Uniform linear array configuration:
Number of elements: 64
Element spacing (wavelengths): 0.25
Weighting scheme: binomial
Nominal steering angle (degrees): -45
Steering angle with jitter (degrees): -44.388
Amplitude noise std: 0.05
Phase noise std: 0.05

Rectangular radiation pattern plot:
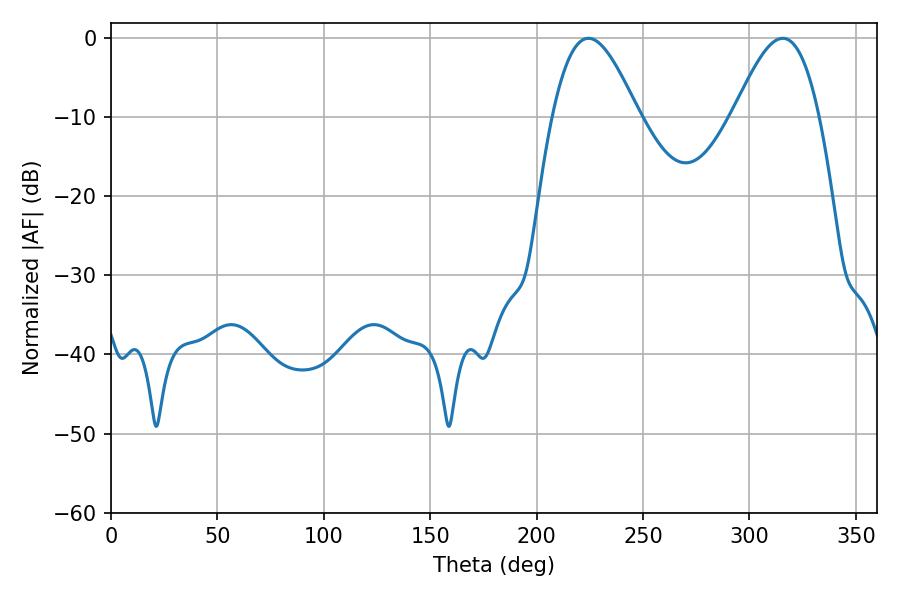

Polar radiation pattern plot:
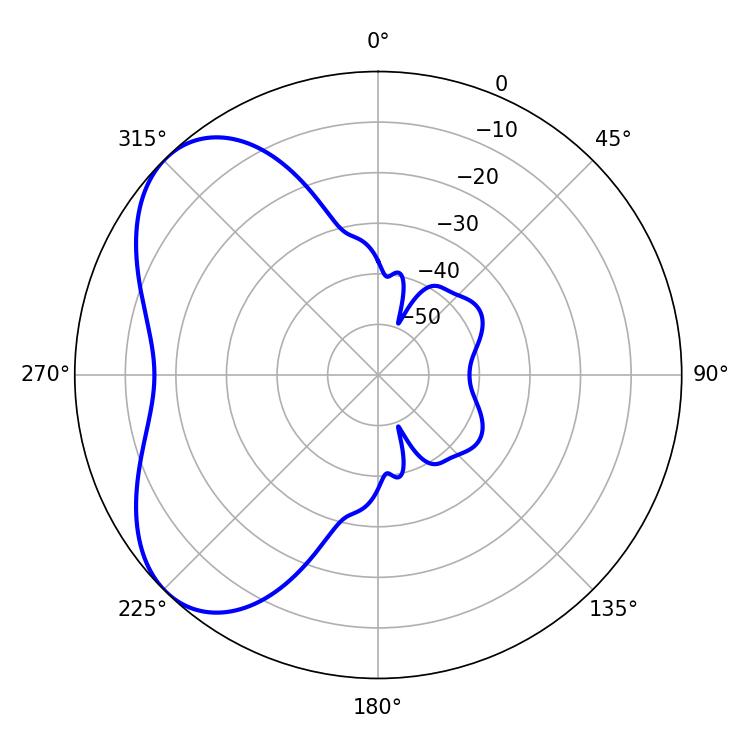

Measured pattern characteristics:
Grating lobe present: FALSE
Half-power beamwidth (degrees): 21.6
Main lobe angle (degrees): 224.28